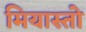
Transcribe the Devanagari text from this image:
मियास्तो